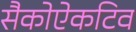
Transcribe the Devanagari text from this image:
सैकोऐकटिव